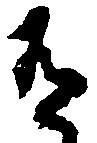
有